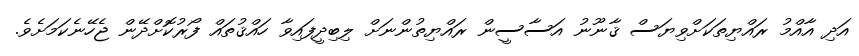
އަދި އާއްމު ރައްޔިތަކަށްވިޔަސް ޤާނޫނު އަސާސީން ރައްޔިތުންނަށް ލިބިދީފައިވާ ހައްޤުތައް ފޯރުކޮށްދޭން ޖެހޭނެކަމަށެވެ.